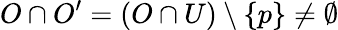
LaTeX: O\cap O^{\prime}=(O\cap U)\setminus\{ p\} \neq\emptyset